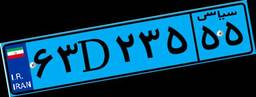
۶۳D۲۳۵۵۵